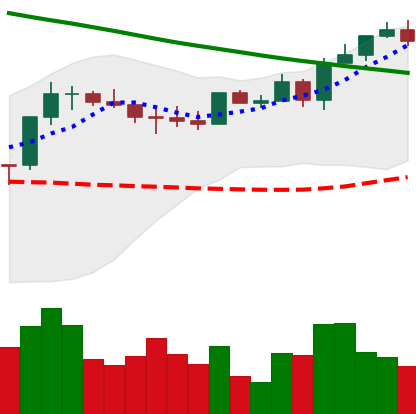
Ticker: ETH-USD
Chart end date: 2022-08-14
Forward return: -16.719%
Label: down_7plus